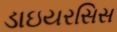
ડાઇયરસિસ